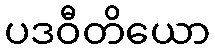
ပဒဝီတိယော